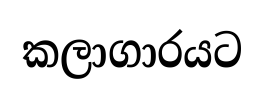
කලාගාරයට